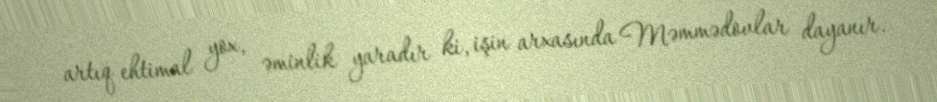
artıq ehtimal yox, əminlik yaradır ki, işin arxasında Məmmədovlar dayanır.